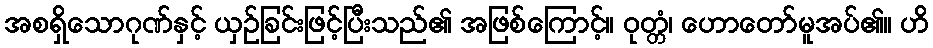
အစရှိသောဂုဏ်နှင့် ယှဉ်ခြင်းဖြင့်ပြီးသည်၏ အဖြစ်ကြောင့်။ ဝုတ္တံ၊ ဟောတော်မူအပ်၏။ ဟိ